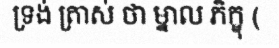
ទ្រង់ ត្រាស់ ថា ម្នាល ភិក្ខុ (